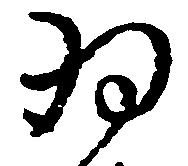
為